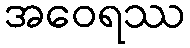
အဝေရဿ